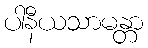
ပါနီယသာမန္တာ